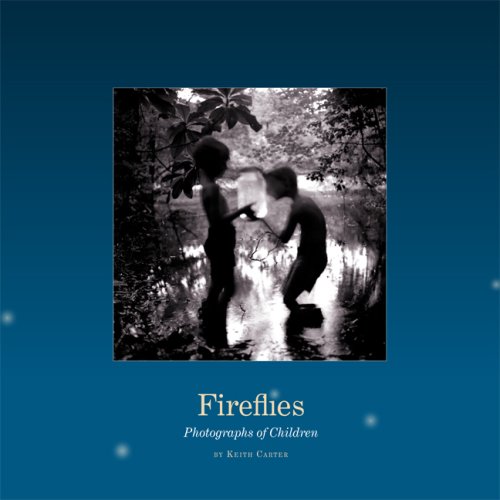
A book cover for Fireflies: Photographs of Children; Arts & Photography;